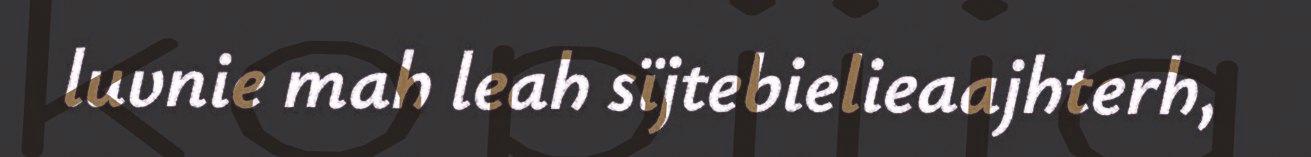
luvnie mah leah sïjtebielieaajhterh,